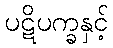
ပဋိပက္ခနှင့်